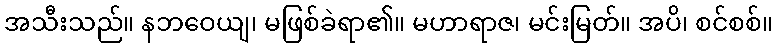
အသီးသည်။ နဘဝေယျ၊ မဖြစ်ခဲရာ၏။ မဟာရာဇ၊ မင်းမြတ်။ အပိ၊ စင်စစ်။